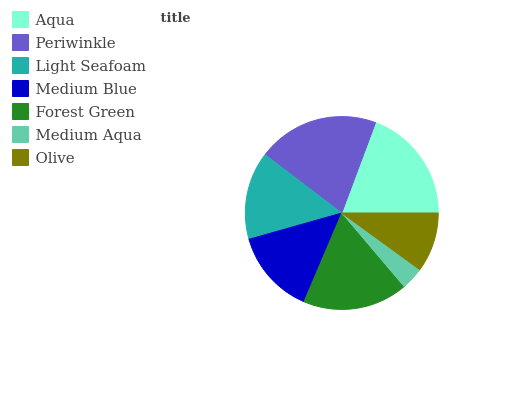
| Aqua | Periwinkle | Light Seafoam | Medium Blue | Forest Green | Medium Aqua | Olive |
 | --- | --- | --- | --- | --- | --- | --- |
 | 19.2% | 20.4% | 14.7% | 14.2% | 17.7% | 3.8% | 10% |